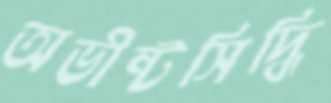
অভীষ্টসিদ্ধি